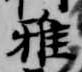
雅